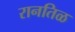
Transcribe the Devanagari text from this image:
रानतिळ